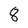
Character: 8